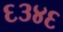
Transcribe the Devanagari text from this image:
६३४६